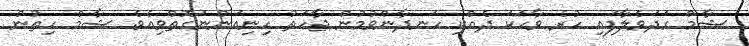
ޝާމް ގަދަވެލާފައި ހުރެ ވާހަކަ ދެއްކި ހަނދާންވުމުން ޖާހަތު ހިނިއަންނަގޮތްވިއެވެ. ޝާމް ހިތުން